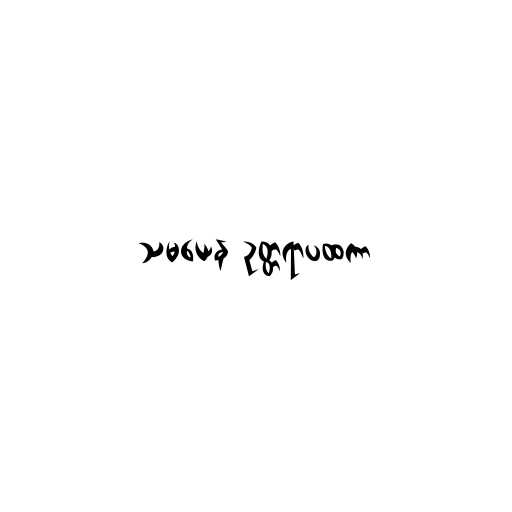
သမယေန ဥတ္တရာပထကာ